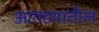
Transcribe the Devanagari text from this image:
आतडयातील